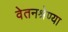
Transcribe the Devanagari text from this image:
वेतनश्रेण्या